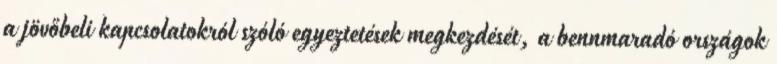
a jövőbeli kapcsolatokról szóló egyeztetések megkezdését, a bennmaradó országok